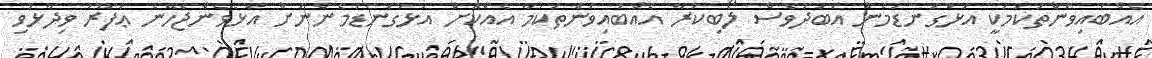
އެއްބައިވަންތަކަމަކީ އަޅުގަނޑުމެން އަބަދުވެސް ލޯބިކުރާ އެއްބައިވަންތަކަމާ އެއްކޮށް އަޅުގަނޑުމެންނަށް އުޅެވެންޖެހޭނެ ޢަފޫރު ވިދާޅުވި